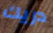
دريك